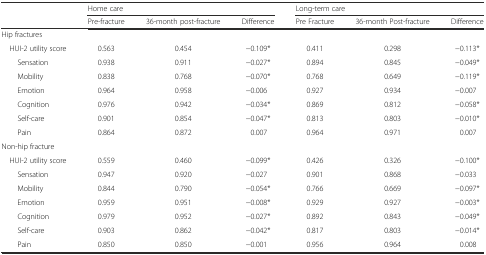
<table><thead><tr><td rowspan="2"></td><td colspan="3"><b>Home care</b></td><td colspan="3"><b>Long-term care</b></td></tr><tr><td><b>Pre-fracture</b></td><td><b>36-month post-fracture</b></td><td><b>Difference</b></td><td><b>Pre Fracture</b></td><td><b>36-month Post-fracture</b></td><td><b>Difference</b></td></tr></thead><tbody><tr><td colspan="7">Hip fractures</td></tr><tr><td> HUI-2 utility score</td><td>0.563</td><td>0.454</td><td>−0.109*</td><td>0.411</td><td>0.298</td><td>−0.113*</td></tr><tr><td>Sensation</td><td>0.938</td><td>0.911</td><td>−0.027*</td><td>0.894</td><td>0.845</td><td>−0.049*</td></tr><tr><td>Mobility</td><td>0.838</td><td>0.768</td><td>−0.070*</td><td>0.768</td><td>0.649</td><td>−0.119*</td></tr><tr><td>Emotion</td><td>0.964</td><td>0.958</td><td>−0.006</td><td>0.927</td><td>0.934</td><td>−0.007</td></tr><tr><td>Cognition</td><td>0.976</td><td>0.942</td><td>−0.034*</td><td>0.869</td><td>0.812</td><td>−0.058*</td></tr><tr><td>Self-care</td><td>0.901</td><td>0.854</td><td>−0.047*</td><td>0.813</td><td>0.803</td><td>−0.010*</td></tr><tr><td>Pain</td><td>0.864</td><td>0.872</td><td>0.007</td><td>0.964</td><td>0.971</td><td>0.007</td></tr><tr><td colspan="7">Non-hip fracture</td></tr><tr><td> HUI-2 utility score</td><td>0.559</td><td>0.460</td><td>−0.099*</td><td>0.426</td><td>0.326</td><td>−0.100*</td></tr><tr><td>Sensation</td><td>0.947</td><td>0.920</td><td>−0.027</td><td>0.901</td><td>0.868</td><td>−0.033</td></tr><tr><td>Mobility</td><td>0.844</td><td>0.790</td><td>−0.054*</td><td>0.766</td><td>0.669</td><td>−0.097*</td></tr><tr><td>Emotion</td><td>0.959</td><td>0.951</td><td>−0.008*</td><td>0.929</td><td>0.927</td><td>−0.003*</td></tr><tr><td>Cognition</td><td>0.979</td><td>0.952</td><td>−0.027*</td><td>0.892</td><td>0.843</td><td>−0.049*</td></tr><tr><td>Self-care</td><td>0.903</td><td>0.862</td><td>−0.042*</td><td>0.817</td><td>0.803</td><td>−0.014*</td></tr><tr><td>Pain</td><td>0.850</td><td>0.850</td><td>−0.001</td><td>0.956</td><td>0.964</td><td>0.008</td></tr></tbody></table>